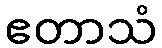
ဧတာသံ